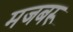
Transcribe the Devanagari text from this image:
मजबरू